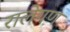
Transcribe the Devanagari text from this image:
रालेगण